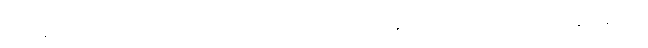
မဟာနိသံသာ၊ ကြီးသော အာနိသင်ရှိသည်။ ဟောတိ၊ ဖြစ်၏။ အမတောဂဓာ၊ အမြိုက်နိဗ္ဗာန်လျှင်